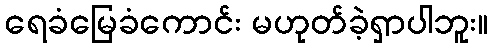
ရေခံမြေခံကောင်း မဟုတ်ခဲ့ရှာပါဘူး။